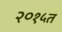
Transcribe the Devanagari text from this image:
२०१५त